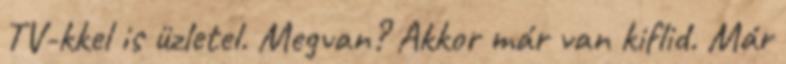
TV-kkel is üzletel. Megvan? Akkor már van kiflid. Már